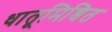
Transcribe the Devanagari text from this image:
धातूमिश्रित